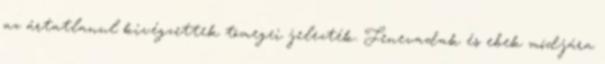
az ártatlanul kivégzettek tömegei jelezték. Fenevadak és ebek módjára